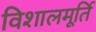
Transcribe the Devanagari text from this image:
विशालमूर्ति